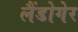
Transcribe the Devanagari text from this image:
लैंडोगेर